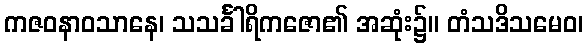
ကဇဝနာဝသာနေ၊ သသင်္ခါရိကဇော၏ အဆုံး၌။ တံသဒိသမေဝ၊